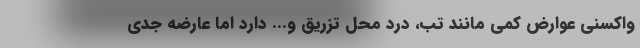
واکسنی عوارض کمی مانند تب، درد محل تزریق و... دارد اما عارضه جدی